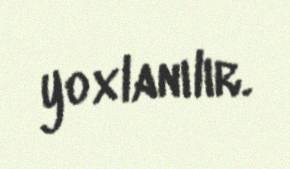
yoxlanılır.